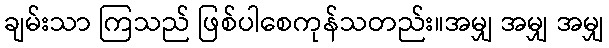
ချမ်းသာ ကြသည် ဖြစ်ပါစေကုန်သတည်း။အမျှ အမျှ အမျှ